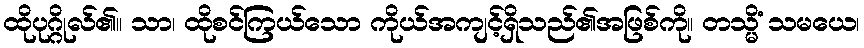
ထိုပုဂ္ဂိုလ်၏။ သာ၊ ထိုစင်ကြယ်သော ကိုယ်အကျင့်ရှိသည်၏အဖြစ်ကို။ တသ္မိံ သမယေ၊